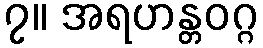
၇။ အရဟန္တဝဂ္ဂ